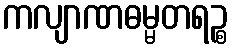
ကလျာဏဓမ္မတရဉ္စ